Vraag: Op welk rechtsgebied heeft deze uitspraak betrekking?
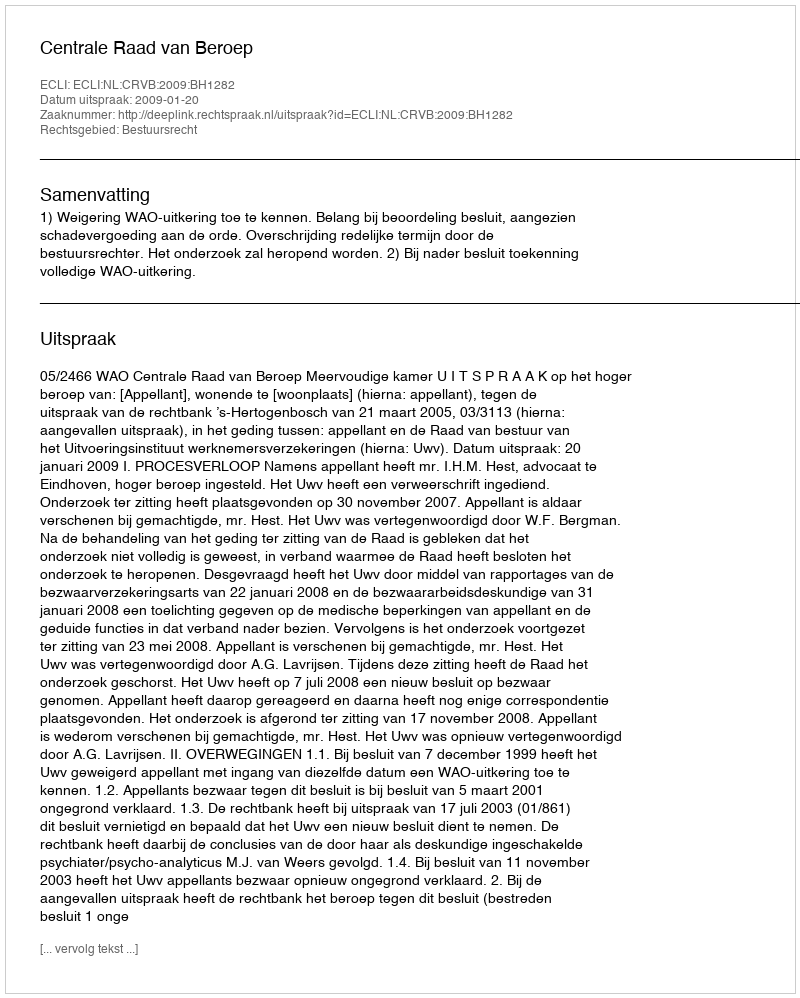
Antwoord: Bestuursrecht